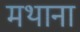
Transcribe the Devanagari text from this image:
मथाना